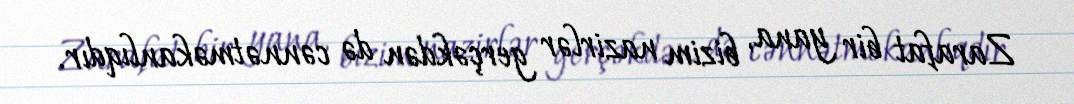
Zarafat bir yana, bizim nazirlər gerçəkdən də cənnətməkanlıqdır.